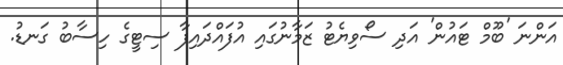
އަންނަ 'ބޫމް ޓައުން' އަދި ސޯވިޔެޓު ޒަމާނުގައި އުފައްދައިފާ ސިޓީގެ ހިސާބު ގަނޑު.